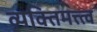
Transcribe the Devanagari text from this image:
व्यक्तिमत्त्त्व